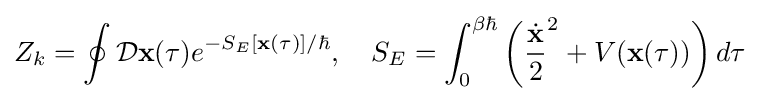
Z_{k}=\oint {\mathcal {D}}\mathbf {x} (\tau )e^{-S_{E}[\mathbf {x} (\tau )]/\hbar },\ \ \ S_{E}=\int _{0}^{\beta \hbar }\left({\frac {\dot {\mathbf {x} }}{2}}^{2}+V(\mathbf {x} (\tau ))\right)d\tau